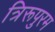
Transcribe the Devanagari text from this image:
त्रिरूपुरम